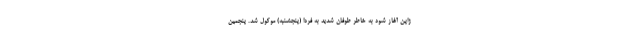
ژاپن آغاز شود به خاطر طوفان شدید به فردا (پنجشنبه) موکول شد. پنجمین